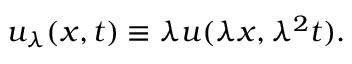
u _ { \lambda } ( x , t ) \equiv \lambda u ( \lambda x , \lambda ^ { 2 } t ) .